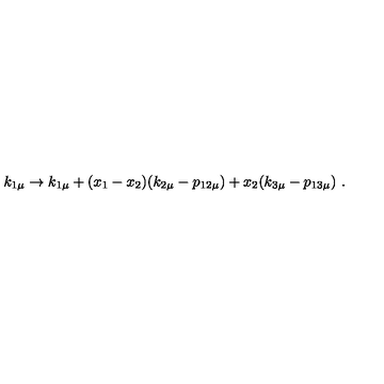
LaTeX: k _ { 1 \mu } \rightarrow k _ { 1 \mu } + ( x _ { 1 } - x _ { 2 } ) ( k _ { 2 \mu } - p _ { 1 2 \mu } ) + x _ { 2 } ( k _ { 3 \mu } - p _ { 1 3 \mu } ) \ .